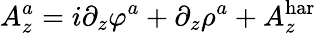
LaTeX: A_{z}^{a}=i\partial_{z}\varphi^{a}+\partial_{z}\rho^{a}+A_{z}^{\mathrm{har}}